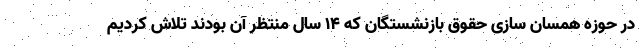
در حوزه همسان سازی حقوق بازنشستگان که ۱۴ سال منتظر آن بودند تلاش کردیم